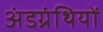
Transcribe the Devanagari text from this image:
अंडग्रंथियों